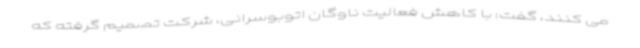
می کنند، گفت: با کاهش فعالیت ناوگان اتوبوسرانی، شرکت تصمیم گرفته که